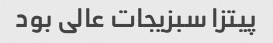
پیتزا سبزیجات عالی بود